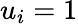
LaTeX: u_{i}=1